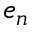
e _ { n }